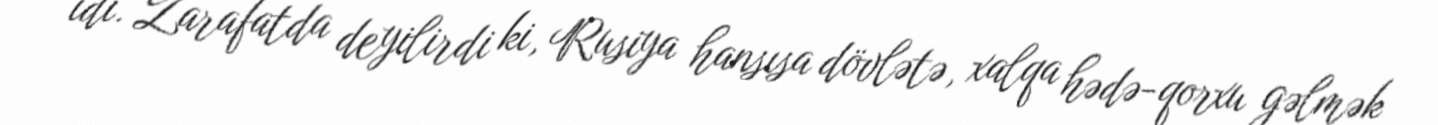
idi. Zarafatda deyilirdi ki, Rusiya hansısa dövlətə, xalqa hədə-qorxu gəlmək